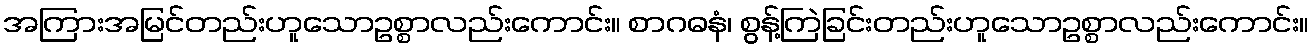
အကြားအမြင်တည်းဟူသောဥစ္စာလည်းကောင်း။ စာဂဓနံ၊ စွန့်ကြဲခြင်းတည်းဟူသောဥစ္စာလည်းကောင်း။